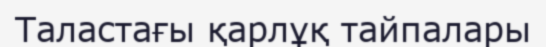
Таластағы қарлұқ тайпалары